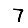
Digit: 7